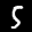
Label: 5